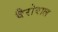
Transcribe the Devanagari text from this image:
वैरोवाल